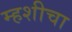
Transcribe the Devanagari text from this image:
म्हशीचा